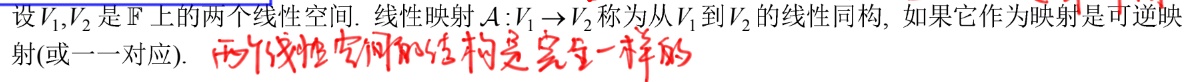
设$V_1,V_2$是$\mathbb{F}$上的两个线性空间. 线性映射$\mathcal{A}:V_1\rightarrow V_2$称为从$V_1$到$V_2$的线性同构, 如果它作为映射是可逆映射(或一一对应的). 两个线性空间的结构是完全一样的